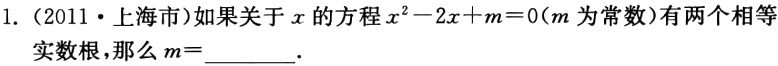
1.（2011·上海市）如果关于\(x\)的方程\(x^{2}-2x + m = 0\)（\(m\)为常数）有两个相等实数根，那么\(m=\underline{\quad\quad}\).